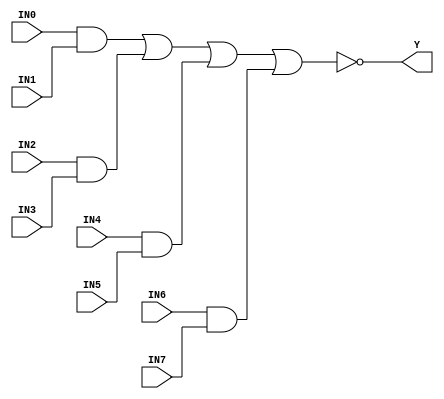
//------------------------------------------------------
// Copyright 1992, 1993 Cascade Design Automation Corporation.
//------------------------------------------------------
module stdaoi2222(IN0,IN1,IN2,IN3,IN4,IN5,IN6,IN7,Y);
  parameter
        d_IN0_r = 0,
        d_IN0_f = 0,
        d_IN1_r = 0,
        d_IN1_f = 0,
        d_IN2_r = 0,
        d_IN2_f = 0,
        d_IN3_r = 0,
        d_IN3_f = 0,
        d_IN4_r = 0,
        d_IN4_f = 0,
        d_IN5_r = 0,
        d_IN5_f = 0,
        d_IN6_r = 0,
        d_IN6_f = 0,
        d_IN7_r = 0,
        d_IN7_f = 0,
        d_Y_r = 1,
        d_Y_f = 1;
  input  IN0;
  input  IN1;
  input  IN2;
  input  IN3;
  input  IN4;
  input  IN5;
  input  IN6;
  input  IN7;
  output  Y;
  wire  IN0_temp;
  wire  IN1_temp;
  wire  IN2_temp;
  wire  IN3_temp;
  wire  IN4_temp;
  wire  IN5_temp;
  wire  IN6_temp;
  wire  IN7_temp;
  reg  Y_temp;
  assign #(d_IN0_r,d_IN0_f) IN0_temp = IN0;
  assign #(d_IN1_r,d_IN1_f) IN1_temp = IN1;
  assign #(d_IN2_r,d_IN2_f) IN2_temp = IN2;
  assign #(d_IN3_r,d_IN3_f) IN3_temp = IN3;
  assign #(d_IN4_r,d_IN4_f) IN4_temp = IN4;
  assign #(d_IN5_r,d_IN5_f) IN5_temp = IN5;
  assign #(d_IN6_r,d_IN6_f) IN6_temp = IN6;
  assign #(d_IN7_r,d_IN7_f) IN7_temp = IN7;
  assign #(d_Y_r,d_Y_f) Y = Y_temp;
  always
    @(IN0_temp or IN1_temp or IN2_temp or IN3_temp or IN4_temp or IN5_temp or IN6_temp or IN7_temp)
      begin
      Y_temp = ( ~ ((((IN0_temp & IN1_temp) | (IN2_temp & IN3_temp)) | (IN4_temp & IN5_temp)) | (IN6_temp & IN7_temp)));
      end
endmodule